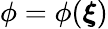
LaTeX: \phi=\phi(\boldsymbol{\xi})